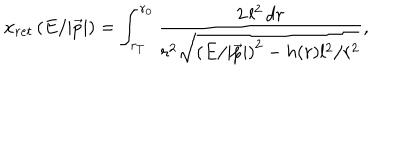
LaTeX: x _ { r e t } \left( E / | \vec { p } | \right) = \int _ { r _ { T } } ^ { r _ { 0 } } \frac { 2 \, l ^ { 2 } \, d r } { r ^ { 2 } \sqrt { \left( E / | \vec { p } | \right) ^ { 2 } - h ( r ) l ^ { 2 } / r ^ { 2 } } } ,